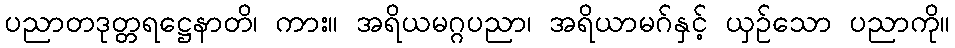
ပညာတဒုတ္တရဋ္ဌေနာတိ၊ ကား။ အရိယမဂ္ဂပညာ၊ အရိယာမဂ်နှင့် ယှဉ်သော ပညာကို။